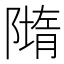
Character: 𨼢